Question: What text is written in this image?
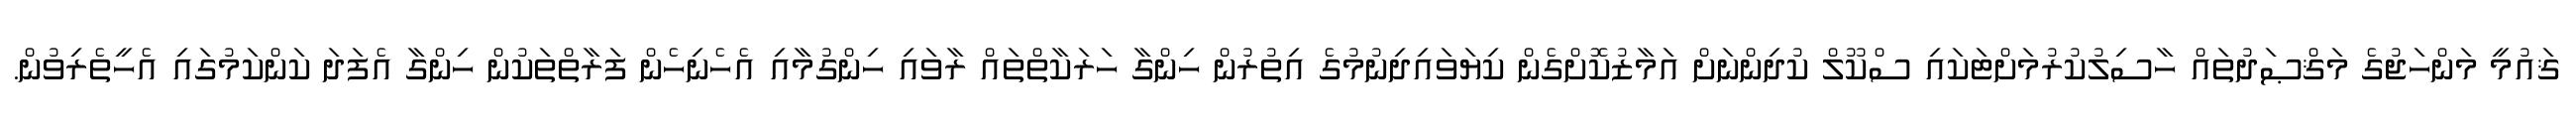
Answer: ޤައުމީ މަންހަޖުގެ މަޤްޞަދުތައް ހާސިލުކުރުމަށްޓަކައި ސްކޫލް ކުދިންނަށް އަމާޒުކޮށްގެން ކިޔަވައިދިނުމުގެ އިތުރުން ހިންގާ ހަރަކާތްތައް ރާވައި ހިންގުމާއި އެހެނިހެން ފަރާތްތަކުން ހިންގާ އެފަދަ ކަންކަމުގައި އެހީތެރިވުން.